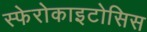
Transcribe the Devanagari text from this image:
स्फेरोकाइटोसिस